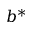
b ^ { \ast }